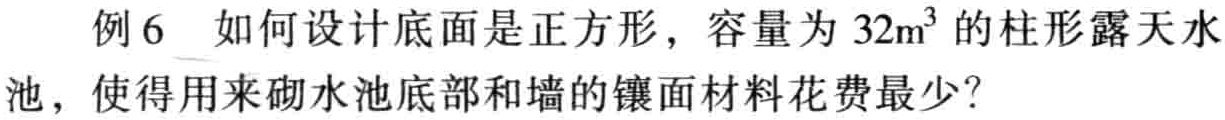
例6 如何设计底面是正方形，容量为 \(32m^{3}\) 的柱形露天水池，使得用来砌水池底部和墙的镶面材料花费最少？